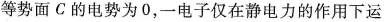
等势面C的电势为0，一电子仅在静电力的作用下运